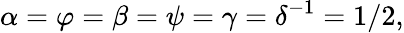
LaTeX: \alpha=\varphi=\beta=\psi=\gamma=\delta^{-1}=1/2,